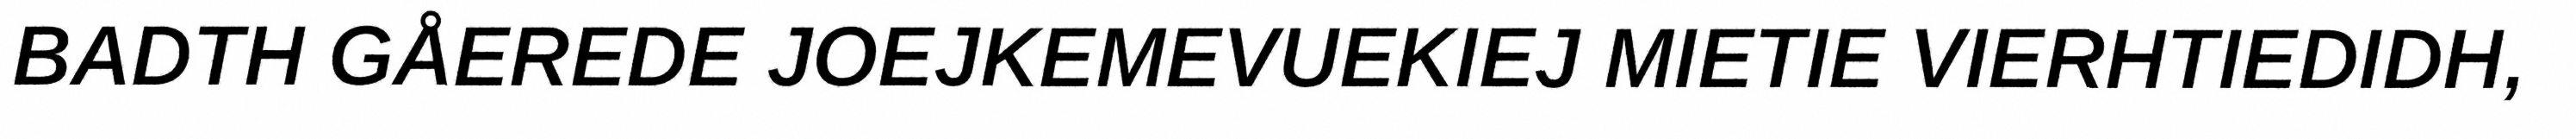
BADTH GÅEREDE JOEJKEMEVUEKIEJ MIETIE VIERHTIEDIDH,